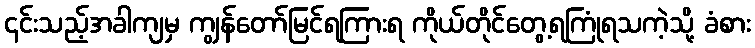
၄င်းသည့်အခါကျမှ ကျွန်တော်မြင်ရကြားရ ကိုယ်တိုင်တွေ့ရကြုံရသကဲ့သို့ ခံစား